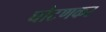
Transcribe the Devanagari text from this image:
घोटणकर